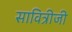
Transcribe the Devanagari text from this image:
सावित्रीजी